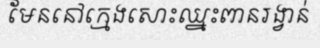
មែននៅក្មេងសោះឈ្នះពានរង្វាន់